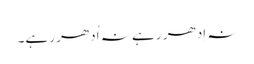
نہ اِدھر رہے نہ اُدھر رہے۔